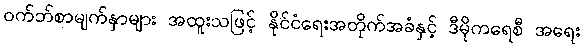
ဝက်ဘ်စာမျက်နှာများ အထူးသဖြင့် နိုင်ငံရေးအတိုက်အခံနှင့် ဒီမိုကရေစီ အရေး